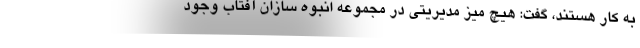
به كار هستند، گفت: هيچ ميز مديريتي در مجموعه انبوه سازان آفتاب وجود